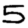
Digit: 5